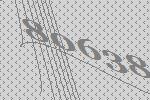
80638